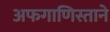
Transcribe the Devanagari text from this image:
अफगाणिस्ताने